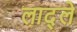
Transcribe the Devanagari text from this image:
लाद्ले